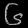
Digit: ၆